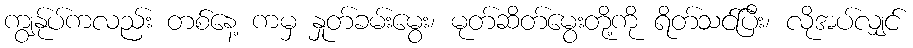
ကျွန်ုပ်ကလည်း တစ်နေ့ ကမှ နှုတ်ခမ်းမွေး၊ မုတ်ဆိတ်မွေးတို့ကို ရိတ်သင်ပြီး၊ လိုအပ်လျှင်